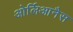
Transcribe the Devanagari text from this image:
ओर्लिआनैस